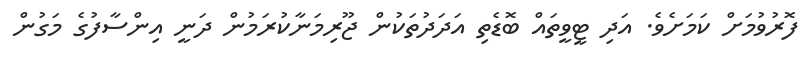
ފޮރުވުމަަށް ކަމަށެވެ. އަދި ޓީވީތައް ބޮޑެތި އަދަދުތަކުން ޖޫރިމަނާކުރަމުން ދަނީ އިންސާފުގެ މަގުން